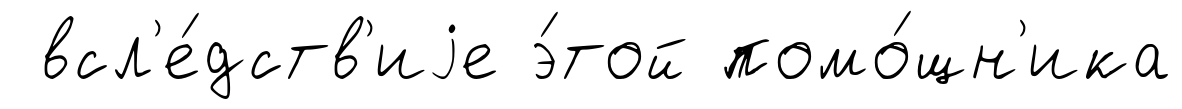
всл'е́дств'иjе э́той помо́щн'ика